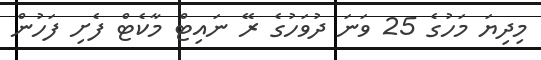
މިދިޔަ މަހުގެ 25 ވަނަ ދުވަހުގެ ރޭ ނައިޓް މާކެޓް ފެށި ފަހުން